Civil Veterinary Dept. Bombay admin report 1893-99 - 1893-1899
Year: 1893
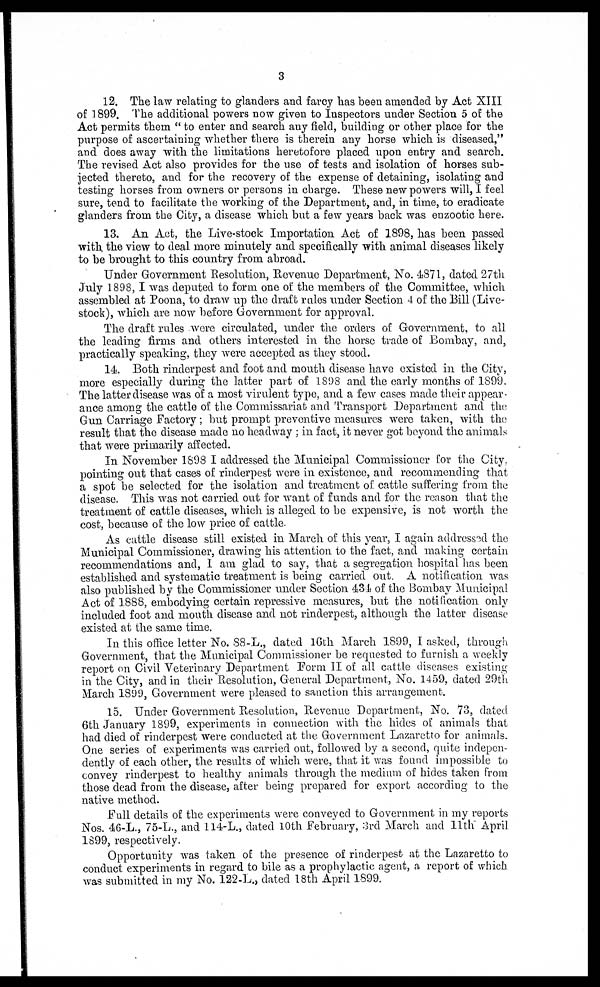
3
12. The law relating to glanders and farcy has been amended by Act XIII
of 1899. The additional powers now given to Inspectors under Section 5 of the
Act permits them "to enter and search any field, building or other place for the
purpose of ascertaining whether there is therein any horse which is diseased,"
and does away with the limitations heretofore placed upon entry and search.
The revised Act also provides for the use of tests and isolation of horses sub-
jected thereto, and for the recovery of the expense of detaining, isolating and
testing horses from owners or persons in charge. These new powers will, I feel
sure, tend to facilitate the working of the Department, and, in time, to eradicate
glanders from the City, a disease which but a few years back was enzootic here.
13. An Act, the Live-stock Importation Act of 1898, has been passed
with the view to deal more minutely and specifically with animal diseases likely
to be brought to this country from abroad.
Under Government Resolution, Revenue Department, No. 4871, dated 27th
July 1898, I was deputed to form one of the members of the Committee, which
assembled at Poona, to draw up the draft rules under Section 4 of the Bill (Live-
stock), which are now before Government for approval.
The draft rules were circulated, under the orders of Government, to all
the leading firms and others interested in the horse trade of Bombay, and,
practically speaking, they were accepted as they stood.
14. Both rinderpest and foot and mouth disease have existed in the City,
more especially during the latter part of 1898 and the early months of 1899.
The latter disease was of a most virulent type, and a few cases made their appear-
ance among the cattle of the Commissariat and Transport Department and the
Gun Carriage Factory; but prompt preventive measures were taken, with the
result that the disease made no headway; in fact, it never got beyond the animals
that were primarily affected.
In November 1898 I addressed the Municipal Commissioner for the City,
pointing out that cases of rinderpest were in existence, and recommending that
a spot be selected for the isolation and treatment of cattle suffering from the
disease. This was not carried out for want of funds and for the reason that the
treatment of cattle diseases, which is alleged to be expensive, is not worth the
cost, because of the low price of cattle.
As cattle disease still existed in March of this year, I again addressed the
Municipal Commissioner, drawing his attention to the fact, and making certain
recommendations and, I am glad to say, that a segregation hospital has been
established and systematic treatment is being carried out. A notification was
also published by the Commissioner under Section 434 of the Bombay Municipal
Act of 1888, embodying certain repressive measures, but the notification only
included foot and mouth disease and not rinderpest, although the latter disease
existed at the same time.
In this office letter No. 88-L., dated 16th March 1899, I asked, through
Government, that the Municipal Commissioner be requested to furnish a weekly
report on Civil Veterinary Department Form II of all cattle diseases existing
in the City, and in their Resolution, General Department, No. 1459, dated 29th
March 1899, Government were pleased to sanction this arrangement.
15. Under Government Resolution, Revenue Department, No. 73, dated
6th January 1899, experiments in connection with the hides of animals that
had died of rinderpest were conducted at the Government Lazaretto for animals.
One series of experiments was carried out, followed by a second, quite indepen-
dently of each other, the results of which were, that it was found impossible to
convey rinderpest to healthy animals through the medium of hides taken from
those dead from the disease, after being prepared for export according to the
native method.
Full details of the experiments were conveyed to Government in my reports
Nos. 46-L., 75-L., and 114-L., dated 10th February, 3rd March and 11th April
1899, respectively.
Opportunity was taken of the presence of rinderpest at the Lazaretto to
conduct experiments in regard to bile as a prophylactic agent, a report of which
was submitted in my No. 122-L., dated 18th April 1899.